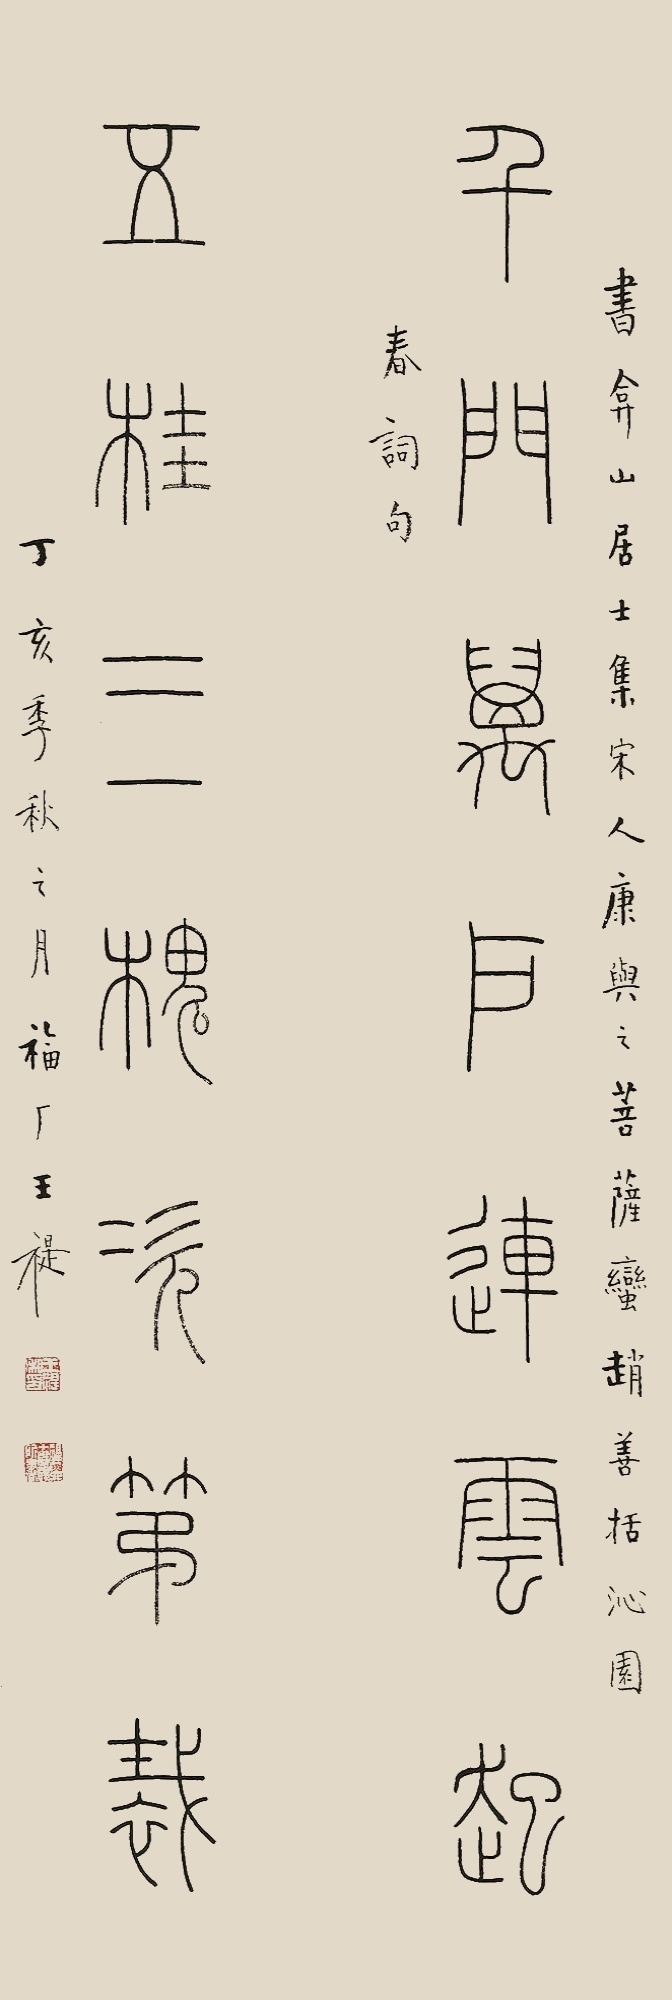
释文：千门万户连云起，五桂三槐次第裁。书弇山居士集宋人康与之《菩萨蛮》、赵善栝《沁园春》词句。丁亥季秋之月，福厂王禔。